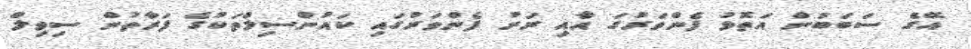
އޭގެ ސަބަބުން އަތޮޅު ފެންވަރުގަ އާއި ރަށު ފެންވަރުގައި ކައުންސިލްތަކުގެ ފަރާތުން ސިވިލް